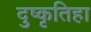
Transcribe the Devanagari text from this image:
दुष्कृतिहा